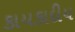
કાયકાદીય